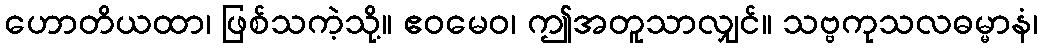
ဟောတိယထာ၊ ဖြစ်သကဲ့သို့။ ဧဝမေဝ၊ ဤအတူသာလျှင်။ သဗ္ဗကုသလဓမ္မာနံ၊